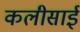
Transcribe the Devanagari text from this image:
कलीसाई